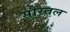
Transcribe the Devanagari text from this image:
सौरतल